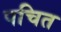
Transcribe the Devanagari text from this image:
पचित